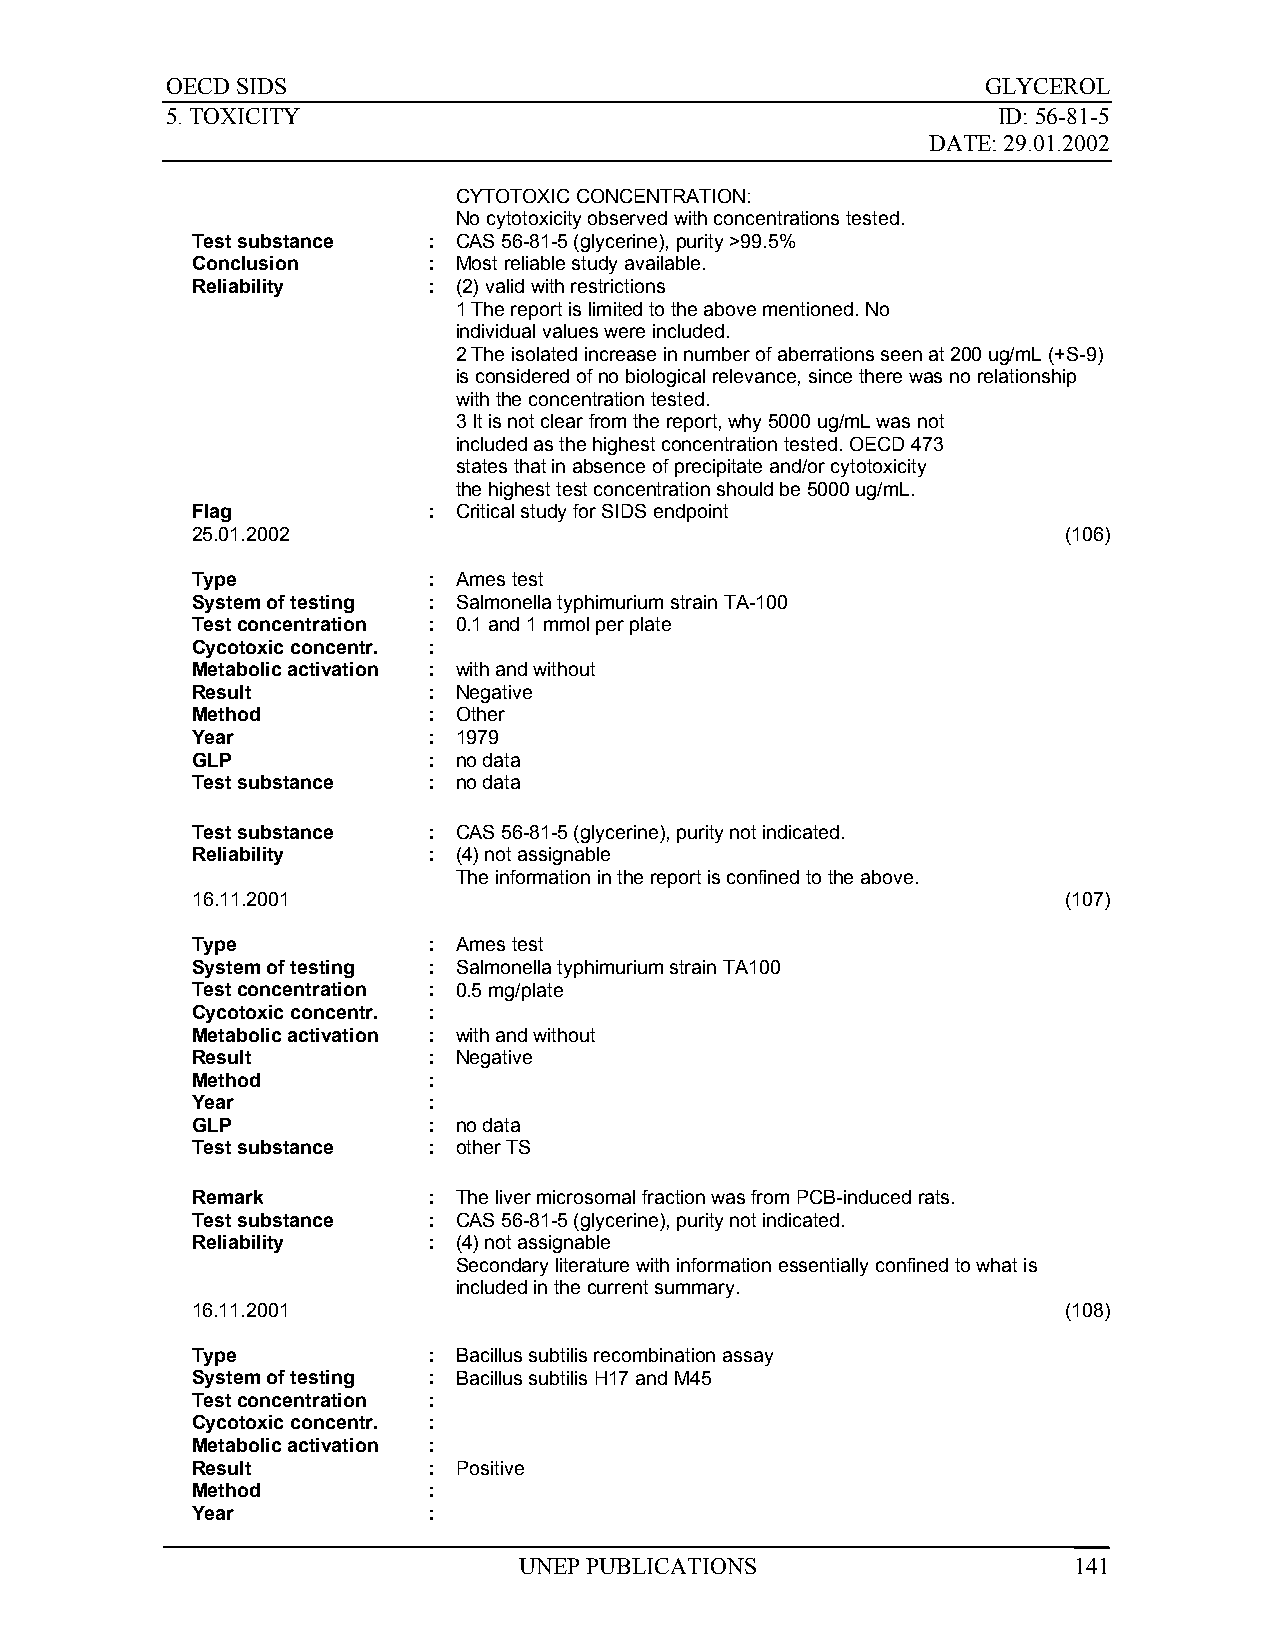
OECD SIDS                                             GLYCEROL
 5. TOXICITY                                            ID: 56-81-5
 DATE: 29.01.2002
 CYTOTOXIC CONCENTRATION:
 No cytotoxicity observed with concentrations tested.
 Test substance : CAS 56-81-5 (glycerine), purity >99.5%
 Conclusion     : Most reliable study available.
 Reliability    : (2) valid with restrictions
 1 The report is limited to the above mentioned. No
 individual values were included.
 2 The isolated increase in number of aberrations seen at 200 ug/mL (+S-9)
 is considered of no biological relevance, since there was no relationship
 with the concentration tested.
 3 It is not clear from the report, why 5000 ug/mL was not
 included as the highest concentration tested. OECD 473
 states that in absence of precipitate and/or cytotoxicity
 the highest test concentration should be 5000 ug/mL.
 Flag           : Critical study for SIDS endpoint
 25.01.2002                                               (106)
 Type           : Ames test
 System of testing : Salmonella typhimurium strain TA-100
 Test concentration : 0.1 and 1 mmol per plate
 Cycotoxic concentr. :
 Metabolic activation : with and without
 Result         : Negative
 Method         : Other
 Year           : 1979
 GLP            : no data
 Test substance : no data
 Test substance : CAS 56-81-5 (glycerine), purity not indicated.
 Reliability    : (4) not assignable
 The information in the report is confined to the above.
 16.11.2001                                               (107)
 Type           : Ames test
 System of testing : Salmonella typhimurium strain TA100
 Test concentration : 0.5 mg/plate
 Cycotoxic concentr. :
 Metabolic activation : with and without
 Result         : Negative
 Method         :
 Year           :
 GLP            : no data
 Test substance : other TS
 Remark         : The liver microsomal fraction was from PCB-induced rats.
 Test substance : CAS 56-81-5 (glycerine), purity not indicated.
 Reliability    : (4) not assignable
 Secondary literature with information essentially confined to what is
 included in the current summary.
 16.11.2001                                               (108)
 Type           : Bacillus subtilis recombination assay
 System of testing : Bacillus subtilis H17 and M45
 Test concentration :
 Cycotoxic concentr. :
 Metabolic activation :
 Result         : Positive
 Method         :
 Year           :
 UNEP PUBLICATIONS                    141